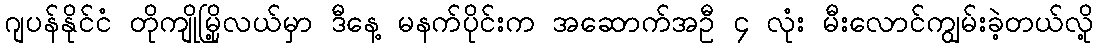
ဂျပန်နိုင်ငံ တိုကျိုမြို့လယ်မှာ ဒီနေ့ မနက်ပိုင်းက အဆောက်အဦ ၄ လုံး မီးလောင်ကျွမ်းခဲ့တယ်လို့